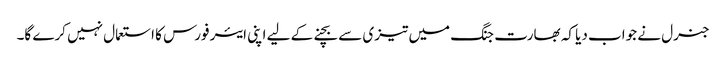
جنرل نے جواب دیا کہ بھارت جنگ میں تیزی سے بچنےکے لیے اپنی ایئر فورس کا استعمال نہیں کرے گا۔